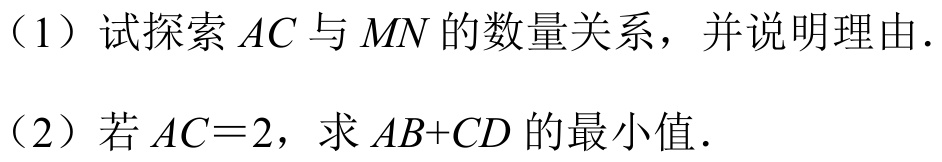
（1）试探索\(AC\)与\(MN\)的数量关系，并说明理由.
（2）若\(AC = 2\)，求\(AB + CD\)的最小值.